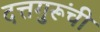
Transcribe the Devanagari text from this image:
दत्तगुरूंची